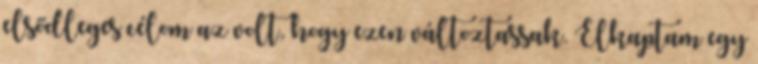
elsődleges célom az volt, hogy ezen változtassak. Elkaptam egy